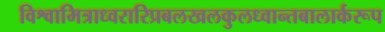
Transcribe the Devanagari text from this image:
विश्वामित्राध्वरारिप्रबलखलकुलध्वान्तबालार्करूप